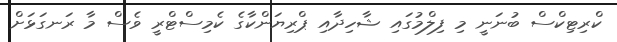
ކްރިޓިކްސް ބުނަނީ މި ފިލްމުގައި ޝާހިދާއި ޕްރިޔަންކާގެ ކެމިސްޓްރީ ވެސް މާ ރަނގަޅަށް